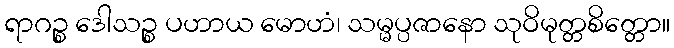
ရာဂဉ္စ ဒေါသဉ္စ ပဟာယ မောဟံ၊ သမ္မပ္ပဇာနော သုဝိမုတ္တစိတ္တော။